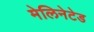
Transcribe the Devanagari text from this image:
मेलिनेटेड